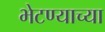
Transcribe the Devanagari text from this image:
भेटण्याच्या